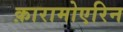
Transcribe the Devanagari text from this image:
क़ारामोएरिन